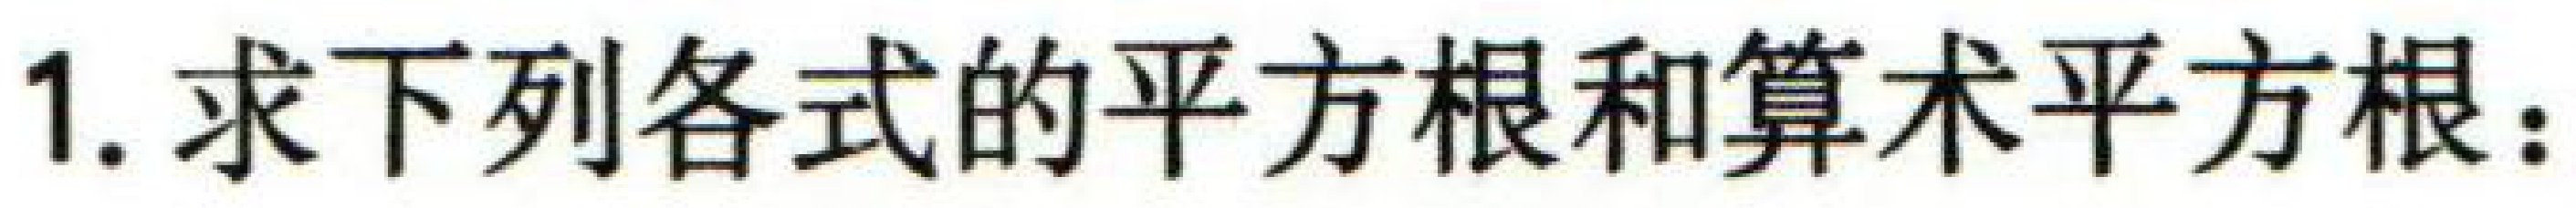
1. 求下列各式的平方根和算术平方根：